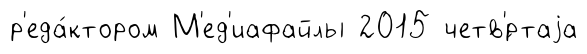
р'еда́ктором М'ед'иафайлы 2015 четв'́ртаjа